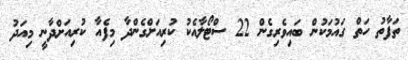
ތަފާތު ހަތް ގައުމަކުން ބައިވެރިގެން 22 ސްޓޯލާއެކު ކުރިއަށްގެންދާ މިފެއާ ކުރިއަށްދާނީ މިއަދު